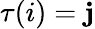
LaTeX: \tau(i)=\mathbf{j}